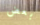
بعض